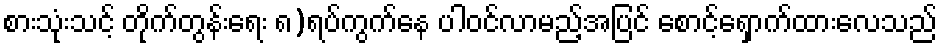
စားသုံးသင့် တိုက်တွန်းရေး ၈)ရပ်ကွက်နေ ပါဝင်လာမည့်အပြင် စောင့်ရှောက်ထားလေသည်